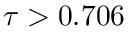
\tau > 0 . 7 0 6